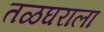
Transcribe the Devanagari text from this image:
तळघराला